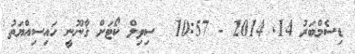
ޑިސެމްބަރު 14